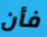
فأن